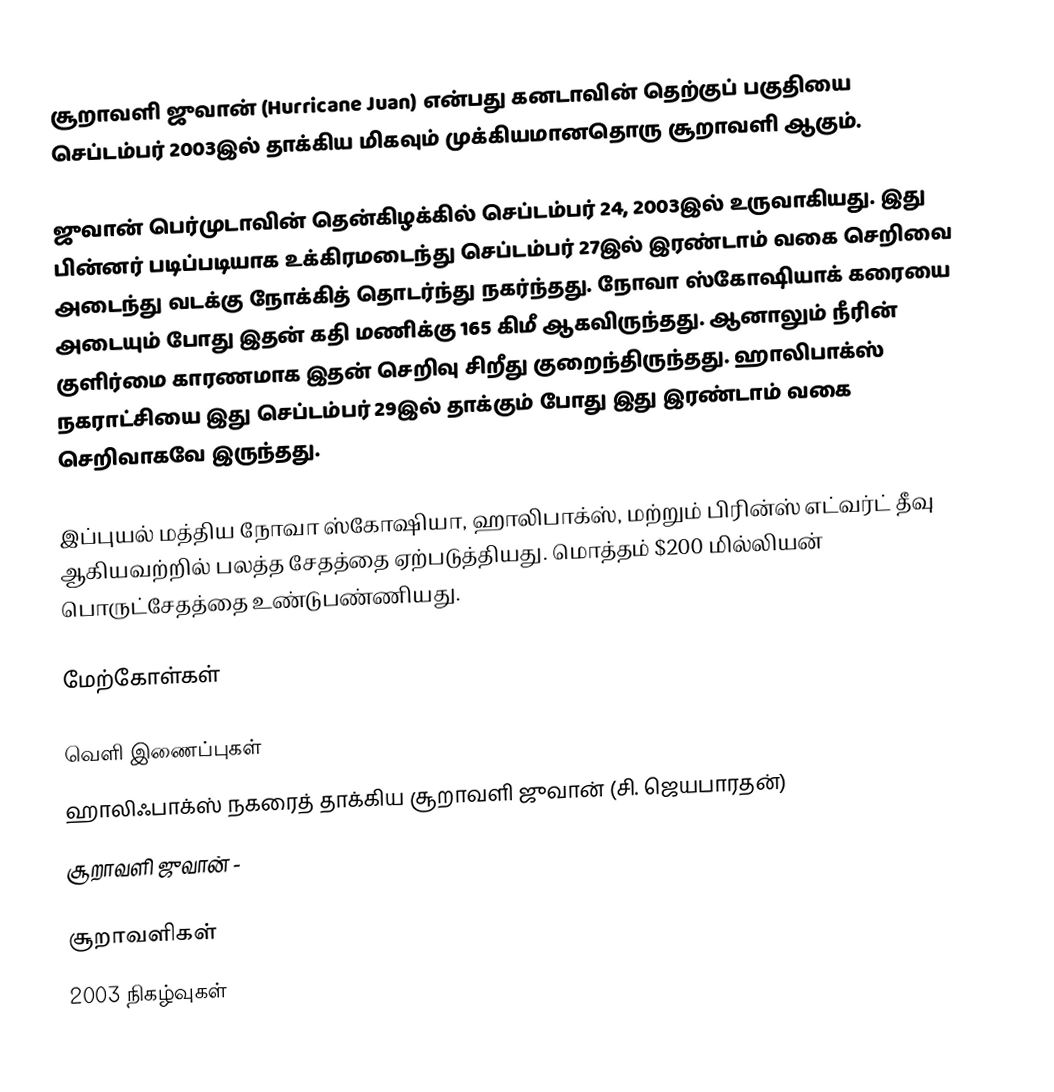
சூறாவளி ஜுவான் (Hurricane Juan) என்பது கனடாவின் தெற்குப் பகுதியை செப்டம்பர் 2003இல் தாக்கிய மிகவும் முக்கியமானதொரு சூறாவளி ஆகும்.

ஜுவான் பெர்முடாவின் தென்கிழக்கில் செப்டம்பர் 24, 2003இல் உருவாகியது. இது பின்னர் படிப்படியாக உக்கிரமடைந்து செப்டம்பர் 27இல் இரண்டாம் வகை செறிவை அடைந்து வடக்கு நோக்கித் தொடர்ந்து நகர்ந்தது. நோவா ஸ்கோஷியாக் கரையை அடையும் போது இதன் கதி மணிக்கு 165 கிமீ ஆகவிருந்தது. ஆனாலும் நீரின் குளிர்மை காரணமாக இதன் செறிவு சிறீது குறைந்திருந்தது. ஹாலிபாக்ஸ் நகராட்சியை இது செப்டம்பர் 29இல் தாக்கும் போது இது இரண்டாம் வகை செறிவாகவே இருந்தது.

இப்புயல் மத்திய நோவா ஸ்கோஷியா, ஹாலிபாக்ஸ், மற்றும் பிரின்ஸ் எட்வர்ட் தீவு ஆகியவற்றில் பலத்த சேதத்தை ஏற்படுத்தியது. மொத்தம் $200 மில்லியன் பொருட்சேதத்தை உண்டுபண்ணியது.

மேற்கோள்கள்

வெளி இணைப்புகள்
 ஹாலிஃபாக்ஸ் நகரைத் தாக்கிய சூறாவளி ஜுவான் (சி. ஜெயபாரதன்)
 சூறாவளி ஜுவான் -

சூறாவளிகள்
2003 நிகழ்வுகள்